Kassari_(Keina)_vallavalitsus, lk 69
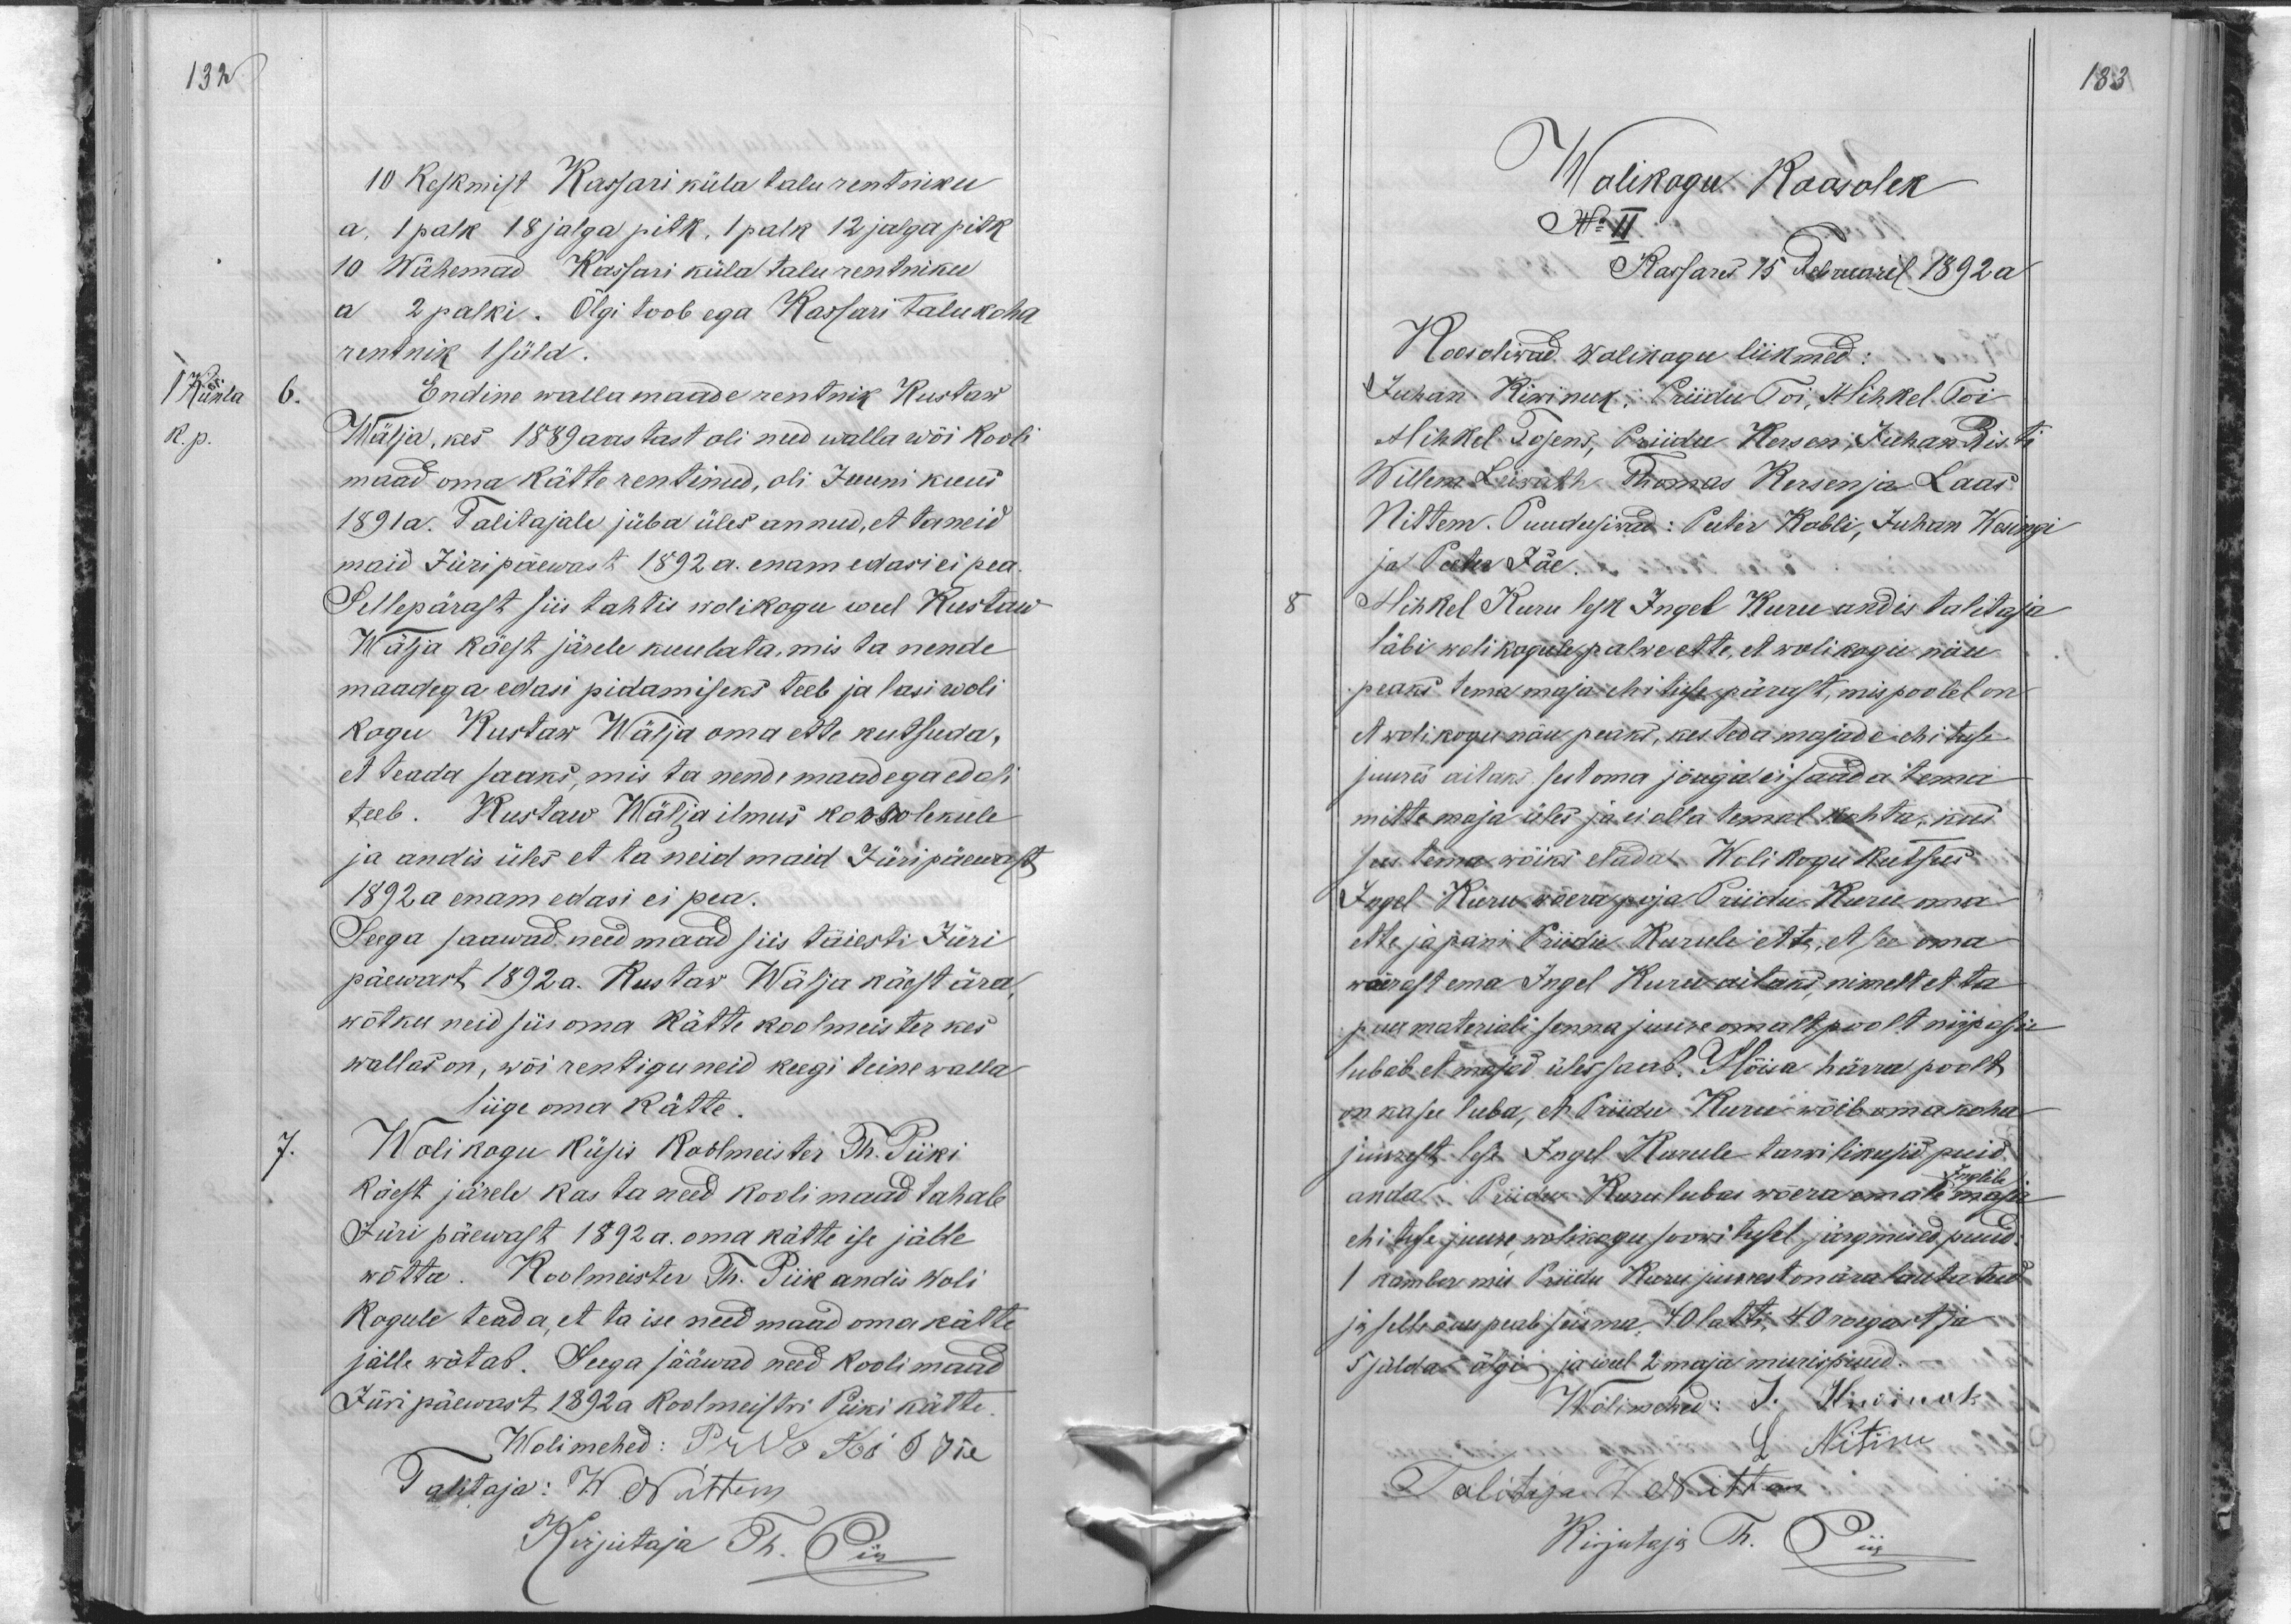
132

10 keskmist Kassari küla talu rentniku
a. 1 pak 18 jalga pitk, 1 palk 12 jalgal pitk
10 Wähemad Kassari küla talu rentniku
a 2 palki. Olgi toob ega Kassari talukoha
1 Künla
rentnik 1 süld.
6.
Endine wallamaade rentnik Kustaw
K.p.
Wälja, kes 1889 aastast oli need walla wõi kooli
maad oma kätte rentinud, oli Juuni kuus
1891 a. Talitajale jüba üles annud, et ta neid
maid Jüripäewast 1892 a. enam edasi ei pea.
Sellepärast siis tahtis wolikogu weel Kustaw
Wälja käest järele kuulata, mis ta nende
maadega edasi pidamiseks teeb ja lasi woli
kogu Kustaw Wälja oma ette kutsuda,
et teada saaks, mis ta nende maadega edasi
teeb. Kustaw Wälja ilmus koosolekule
ja andis üles et ta neid maid Jüripäewast
1892 a enam edasi ei pea.
Seega saawad need maad siis täiesti Jüri
päewast 1892 a. Kustaw Wälja käest ära,
wõtku neid siis oma kätte koolmeister kes
wallas on, wõi rentigu neid keegi teine walla
liige oma kätte.
7.
Wolikogu küsis Koolmeister Th. Piiki
käest järele kas ta need kooli maad tahab
Jüri päewast 1892 a. oma kätte ise jälle
wõtta. Koolmeister Th. Piik andis Woli
kogule teada, et ta ise need maad oma kätte
jälle wõtab. Seega jääwad need kooli maad
Jüri päewast 1892 a Koolmeistri Piiki kätte
Wolimehed: Priido Toi P Jõe
Talitaja: W. Nittim
Kirjutaja Th. Piik

183.
Wolikogu Koosolek
No II
Kassares 15 Februaril 1892 a
Koosolewad wolikogu liikmed:
Juhan Kiwinuk, Priidu Toi, Mihkel Toi
Mihkel Tosens, Priidu Kersen, Juhan Risti
Willem Leiwath Thomas Kersen ja Laas
Nittem. Puudusiwad: Peeter Kobli, Juhan Wesingi
ja Peeter Jõe.
8
Mihkel Kuru lesk Ingel Kuru andis talitaja
läbi woli kogule palwe ette, et wolikogu nõu
peaks tema maja ehituse pärast, mis poolel on
et wolikogu nõu peaks, kes teda majade ehituse
juures aitaks, sest oma jõuga ei saada tema
mitte maja üles ja ei olla temal kohta, kus
sees tema wõiks elada. Wolikogu kutsus
Ingel Kuru wõera poja Priidu Kuru oma
ette ja pani Priidu Kurule ette, et see oma
wõerast ema Ingel Kuru aitaks nimelt et ta
puu materiali senna juure omalt poolt nii palju
lubab et majad üles saab. Mõisa härra poolt
on ka see luba, et Priidu Kuru wõib oma koha
juurest, lese Ingel Kurule tarwilikusid puid
anda. Priidu Kuru lubas wõera emale Inglile maja
ehituse juure wolikogu soowitusel järgmised puud:
1 kamber mis Priidu Kuru juurest on ära lautatud
ja selle õues peab seisma 40 latti, 40 roegast ja
5 sülda õlgi ja weel 2 maja murispuud.
Wolimehed: J. Kiwinuk
L. Nitim
Talitaja W. Nittim
Kirjutaja Th. Piik